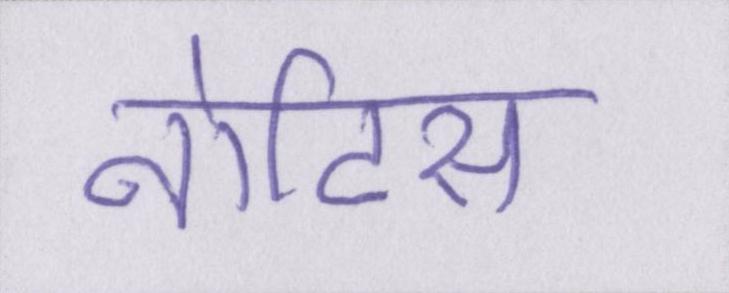
नोटिस